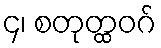
၄၊ စတုတ္ထဝဂ်